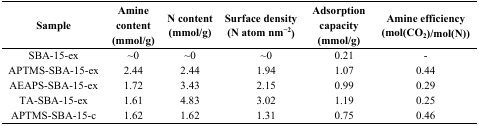
<table><thead><tr><td><b>Sample</b></td><td><b>Amine content(mmol/g)</b></td><td><b>N content(mmol/g)</b></td><td colspan="2"><b>Surface density(N atom nm<sup>−2</sup>)</b></td><td><b>Adsorption capacity(mmol/g)</b></td><td><b>Amine efficiency(mol(CO<sub>2</sub>)/mol(N))</b></td></tr></thead><tbody><tr><td>SBA-15-ex</td><td>~0</td><td>~0</td><td colspan="2">~0</td><td>0.21</td><td>-</td></tr><tr><td>APTMS-SBA-15-ex</td><td>2.44</td><td>2.44</td><td colspan="2">1.94</td><td>1.07</td><td>0.44</td></tr><tr><td>AEAPS-SBA-15-ex</td><td>1.72</td><td>3.43</td><td colspan="2">2.15</td><td>0.99</td><td>0.29</td></tr><tr><td>TA-SBA-15-ex</td><td>1.61</td><td>4.83</td><td colspan="2">3.02</td><td>1.19</td><td>0.25</td></tr><tr><td>APTMS-SBA-15-c</td><td>1.62</td><td>1.62</td><td colspan="2">1.31</td><td>0.75</td><td>0.46</td></tr></tbody></table>